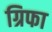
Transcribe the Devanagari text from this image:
ग्रिफा